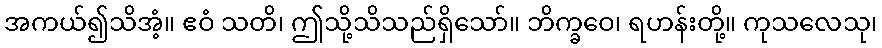
အကယ်၍သိအံ့။ ဧဝံ သတိ၊ ဤသို့သိသည်ရှိသော်။ ဘိက္ခဝေ၊ ရဟန်းတို့။ ကုသလေသု၊